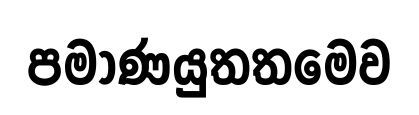
පමාණයුතතමෙව